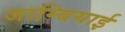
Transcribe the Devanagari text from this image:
जाम्बियाई